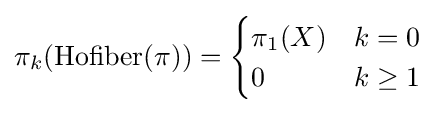
\pi _{k}({\text{Hofiber}}(\pi ))={\begin{cases}\pi _{1}(X)&k=0\\0&k\geq 1\end{cases}}